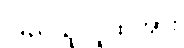
ပြည်သူလူထုအား